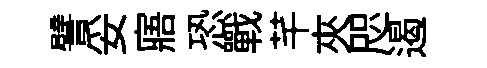
譬妥寤恐戰芊夾咫遏